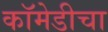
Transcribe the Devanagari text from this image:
कॉमेडीचा